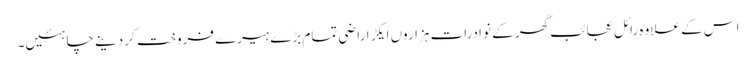
اس کے علاوہ رائل عجائب گھر کے نوادرات ہزاروں ایکڑ اراضی تمام بڑے ہیرے فروخت کر دینے چاہئیں۔